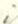
i